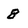
Character: 8